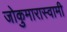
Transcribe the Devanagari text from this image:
जोकुमारास्वामी